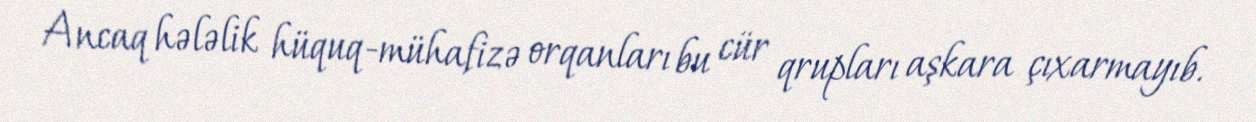
Ancaq hələlik hüquq-mühafizə orqanları bu cür qrupları aşkara çıxarmayıb.